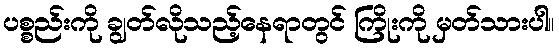
ပစ္စည်းကို ချွတ်လိုသည့်နေရာတွင် ကြိုးကို မှတ်သားပါ။